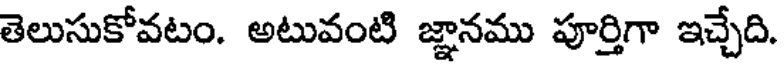
తెలుసుకోవటం. అటువంటి జ్ఞానము పూర్తిగా ఇచ్చేది.